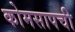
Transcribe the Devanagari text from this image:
कोमसापची